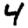
Digit: 4